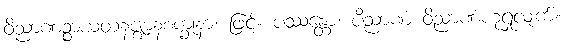
ဝိညာဏဉ္စာယတနဇ္ဈာနစက္ခုနာ၊ ဖြင့်။ ပဿန္တော၊ ပိညာဏံ ဝိညာဏံဟုရှုလျက်။